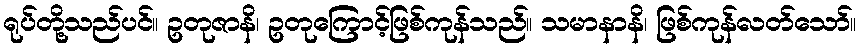
ရုပ်တို့သည်ပင်။ ဥတုဇာနိ၊ ဥတုကြောင့်ဖြစ်ကုန်သည်။ သမာနာနိ၊ ဖြစ်ကုန်လတ်သော်။